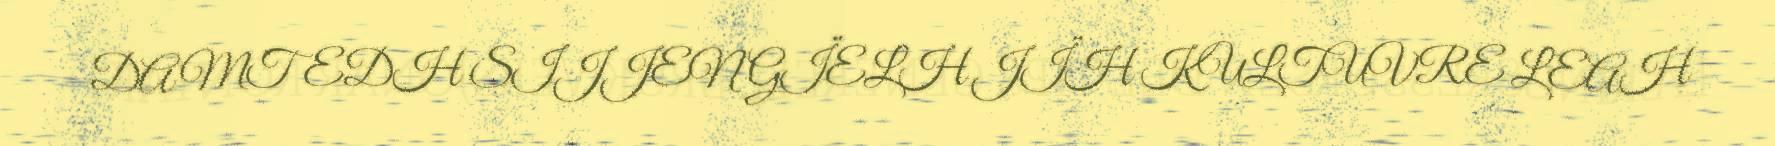
DAMTEDH SIJJEN GÏELH JÏH KULTUVRE LEAH